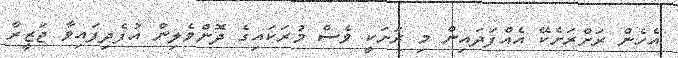
އެހެން ރަށްރަށެކޭ އެއްފަދައިން މި ރަށަކީ ވެސް މުރަކައިގެ ދޮންވެލިން އުފެދިފައިވާ ޖަޒީރާ